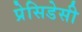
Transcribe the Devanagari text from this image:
प्रेसिडेसी